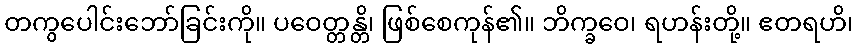
တကွပေါင်းဘော်ခြင်းကို။ ပဝေတ္တန္တိ၊ ဖြစ်စေကုန်၏။ ဘိက္ခဝေ၊ ရဟန်းတို့။ ဧတရဟိ၊